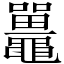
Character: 鼉